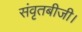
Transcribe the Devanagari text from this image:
संवृतबीजी।